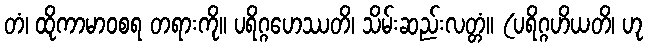
တံ၊ ထိုကာမာဝစရ တရားကို။ ပရိဂ္ဂဟေဿတိ၊ သိမ်းဆည်းလတ္တံ။ (ပရိဂ္ဂဟိယတိ၊ ဟု